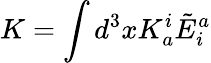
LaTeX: K=\int d^{3}xK_{a}^{i}{\tilde{E}}_{i}^{a}